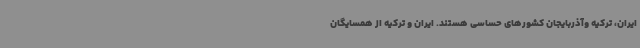
ایران، ترکیه وآذربایجان کشورهای حساسی هستند. ایران و ترکیه از همسایگان